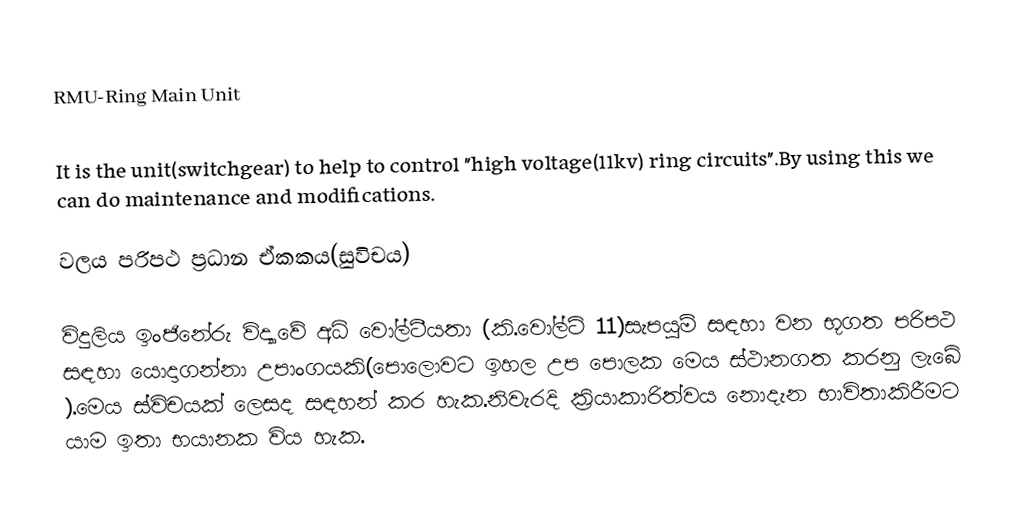
RMU-Ring Main Unit

It is the unit(switchgear) to help to control "high voltage(11kv) ring circuits".By using this we can do maintenance and modifications.

වලය පරිපථ ප්‍රධාන ඒකකය(සුවිචය)

විදුලිය ඉංජිනේරු විද්‍යාවේ අධි වෝල්ටීයතා (කි.වෝල්ට් 11)සැපයුම් සඳහා වන භූගත පරිපථ සඳහා යොදාගන්නා උපාංගයකි(පොලොවට ඉහල උප පොලක මෙය ස්ථානගත කරනු ලැබේ ).මෙය ස්විචයක් ලෙසද සඳහන් කර හැක.නිවැරදි ක්‍රියාකාරිත්වය නොදැන භාවිතාකිරීමට යාම ඉතා  භයානක විය හැක.